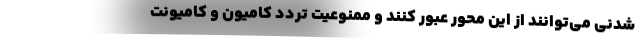
شدنی می‌توانند از این محور عبور کنند و ممنوعیت تردد کامیون و کامیونت